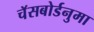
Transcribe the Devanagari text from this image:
चॅसबोर्डनुमा